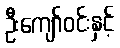
ဦးကျော်ဝင်းနှင့်